Vaccination in Bombay 1869-1873 - 1869-1873
Year: 1869
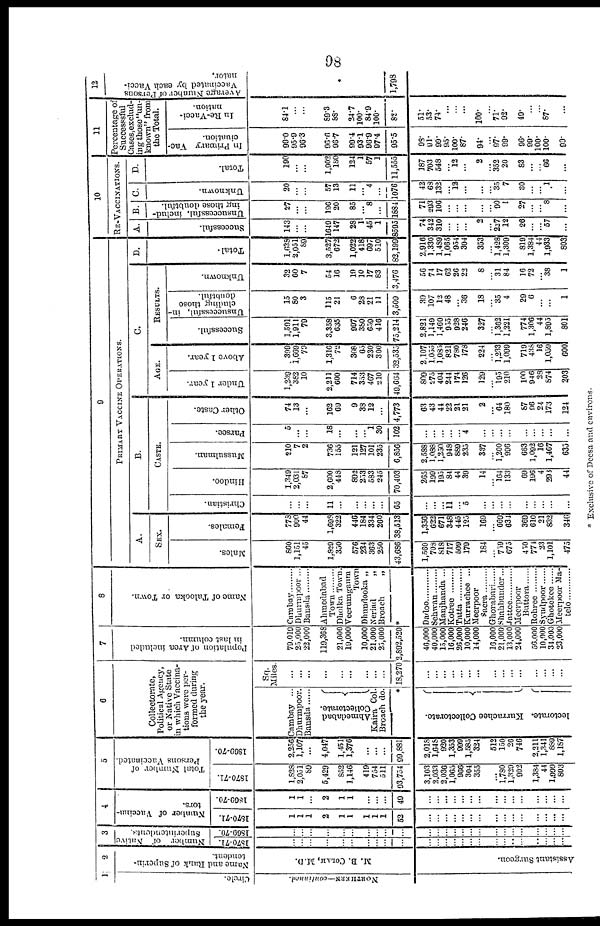
98
1
Circle.
NORTHERN—conliaual.
2
Name and Rank of Superin-
tendent.
M. B. COLAH, M.D.
Assistant Surgeon.
3
Number of Native
Superintendents.
1870-71.
...
...
...
...
...
...
...
...
...
...
...
...
...
... ...
...
...
...
...
...
...
...
...
...
...
1869-70.
...
...
...
...
...
...
...
...
...
...
...
...
...
... ...
...
...
...
...
...
...
...
...
...
...
4
Number of Vacchia-
tors.
1870-71.
1
1
1
2
1
1
1
1
1
52
...
...
...
... ...
...
...
...
...
...
...
...
...
...
...
1869-70.
1
1
...
2
1
1
...
...
...
49
...
...
...
... ...
...
...
...
...
...
...
...
...
...
5
Total Number of
Persons Vaccinated.
1870-71.
1,828
2,051
89
5,429
852
1,146
419
754
511
93,754
3,103
2,033
2,036
1,065
966
304
355
... 1,780
1,329
902
1,384
44
1,999
803
1869-70.
2,256
1,107
...
4,047
1,451
1,376
...
...
...
99,881
2,018
1,648
920
1,353
999
1,585
324
512
150
26
746
2,211
1,341
889
1,187
6
Collectorate,
Political Agency,
or Native State
in which Vaccina-
tions were per-
formed during
the year.
Cambay ...
Dhurmpoor.
Bansda ......
Ahmedabad
Collectorate.
Kaira Col.
Broach do.
*
leetorate.
Kurrachee
Collectorate.
Sq.
Miles.
...
...
...
...
...
...
...
...
...
18,270
...
...
...
... ...
...
...
...
...
...
...
...
...
...
...
7
Population of Area included
in last column.
79,019
25,000
22,000
119,368
21,000
19,000
10,000
21,000
25,000
3,892,520
40,000
40,000
15,000
16,000
26,000
10,000
14,000
10,000
21,000
13,000
24,000
56,000
10,000
34,000
23,000
8
Name of Talooka or Town.
Cambay .........
Dhurmpoor ...
Bansda .........
Ahmedabad
Town .........
Dholka Town.
Veerumganm
Town
Dhundooka „
Neriad
„
Broach
„
*
Dadoo .........
Sehwan .........
Manjhanda ...
Kotree .........
Tatta
Kurrachee ...
Meerpoor
Sacra .........
Gorabari ......
Shahbunder...
Jattee .........
Meerpoor
Buttora
Rohree
Syudpoor
Ghotekee
Meerpoor Ma-
telo ............
9
PRIMARY VACCINE OPERATIONS.
A.
SEX.
Males.
860
1,151
45
1,829
350
576
234
363
250
43,686
1,560
708
818
717
509
179
184
...
759
675
450
774
23
1,101
475
Females.
778
900
44
1,698
322
446
184
334
260
38,513
1,356
622
671
348
445
125
169
... 669
634
369
610
21
832
346
B.
CASTE.
Christian.
...
...
...
11
...
...
...
...
...
65
...
...
...
11
... 5
...
...
...
...
...
...
...
...
...
Hindoo.
1,349
2,031
87
2,600
448
892
253
583
245
70,403
265
199
195
84
44
39
14
... 164
133
69
196
4
293
44
Mussulman.
210
7
2
736
155
121
127
101
235
6,856
2,588
1,088
1,250
948
889
235
337
... 1,200
996
663
1,092
16
1,467
635
Parsee.
5
...
...
18
...
...
... 1
30
102
...
...
...
... ... 4
...
...
...
...
...
...
...
...
...
Other Caste.
74
13
...
162
69
9
33
12
...
4,773
63
43
44
22
21
21
2
... 64
180
87
96
24
173
124
C.
AGE.
Under 1 year.
1,239
382
10
2,211
600
714
353
467
210
49,604
809
275
404
244
174
126
129
... 195
210
100
946
28
874
203
Above 1 year.
399
1,669
79
1,316
72
308
65
230
300
32,535
2,107
1,055
1,085
821
780
178
224
... 1,233
1,099
719
438
16
1,059
600
RESULTS.
Successful.
1,591
1,911
79
3,358
635
997
380
659
416
75,214
2,821
1,149
1,460
955 928
246
327
... 1,362
1,221
774
1,306
44
1,895
801
Unsuccessful, in-
cluding those
doubtful.
15
80
3
115
21
6
23
21
11
3,509
39
107
12
48
... 36
18
... 35
4
29
6
...
...
1
Unknown.
32
60
7
54
16
19
10
17
83
3,476
56
74
17
62
26
22
8
... 31
84
16
73
... 38
1
D.
Total-
1,638
2,051
89
3,527
672
1,022
418
697
510
82,199
2,916
1,330
1,489
1,065
954
304
353
... 1,428
1,309
819
1,384
44
1,933
803
10
RE-VACCINATIONS.
A.
Successful.
143
...
...
1649
147
28
1
45
1
8595
74
342
310
... ...
...
2
... 227
12
26
...
... 57
...
B.
Unsuccessful, includ-
ing those doubtful.
27
...
...
196
20
85
... 8
...
1884
71
293
106
... ...
...
...
... 90
1
27
...
... 8
...
C.
Unknown.
20
...
...
57
13
11
... 4
...
1076
42
68
132
... 12
...
...
... 35
7
30
...
... 1
...
D.
Total.
290
...
...
1,902
180
124
1
57
1
11,555
187
703
548
... 12
...
2
... 352
20
83
...
... 66
...
11
Percentage of
Successsful
Cases.exclud-
ing those"un-
known" from
the Total.
In Primary Vac-
cination.
99.0
95.9
96.3
96.6
96.7
99.4
93.1
96.9
97.4
95.5
98.
91.
99.
95.
100.
87.
94.
... 97.
99.
96.
99.
100.
100.
99.
In Re-Vacci-
nation.
84.l
...
...
89.3
88.
24.7
100.
84.9
100.
82.
51.
53.
74.
... ...
...
100.
... 71.
92.
49.
...
... 87.
...
12
Average Number of Persons
Vaccinated by each Vacci-
nator.
1,798
* Exclusive of Deesa and environs.